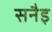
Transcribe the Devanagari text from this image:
सनैइ